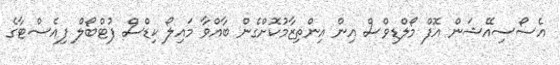
އެސޯސިއޭޝަން އޮފް މޯލްޑިވްސް އިން އިންތިޒާމުކޮށްގެން ބާއްވާ މައިލޯ ކިޑްސް ފުޓްބޯލް ފިއެސްޓާގެ